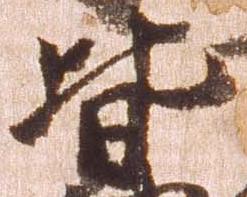
皆